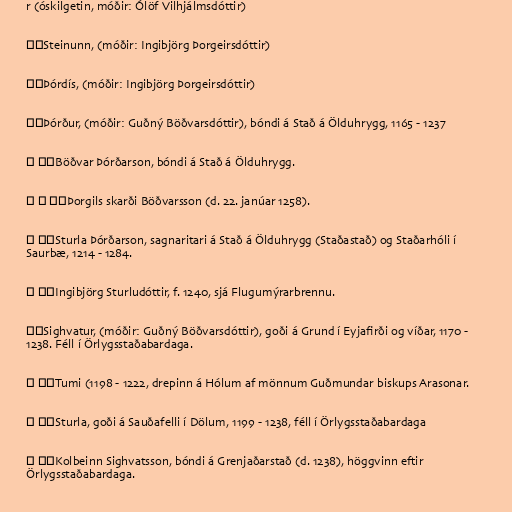
r (óskilgetin, móðir: Ólöf Vilhjálmsdóttir)

├─Steinunn, (móðir: Ingibjörg Þorgeirsdóttir)

├─Þórdís, (móðir: Ingibjörg Þorgeirsdóttir)

├─Þórður, (móðir: Guðný Böðvarsdóttir), bóndi á Stað á Ölduhrygg, 1165 - 1237

│ ├─Böðvar Þórðarson, bóndi á Stað á Ölduhrygg.

│ │ ╰─Þorgils skarði Böðvarsson (d. 22. janúar 1258).

│ ╰─Sturla Þórðarson, sagnaritari á Stað á Ölduhrygg (Staðastað) og Staðarhóli í
Saurbæ, 1214 - 1284.

│ ╰─Ingibjörg Sturludóttir, f. 1240, sjá Flugumýrarbrennu.

├─Sighvatur, (móðir: Guðný Böðvarsdóttir), goði á Grund í Eyjafirði og víðar, 1170 -
1238. Féll í Örlygsstaðabardaga.

│ ├─Tumi (1198 - 1222, drepinn á Hólum af mönnum Guðmundar biskups Arasonar.

│ ├─Sturla, goði á Sauðafelli í Dölum, 1199 - 1238, féll í Örlygsstaðabardaga

│ ├─Kolbeinn Sighvatsson, bóndi á Grenjaðarstað (d. 1238), höggvinn eftir
Örlygsstaðabardaga.